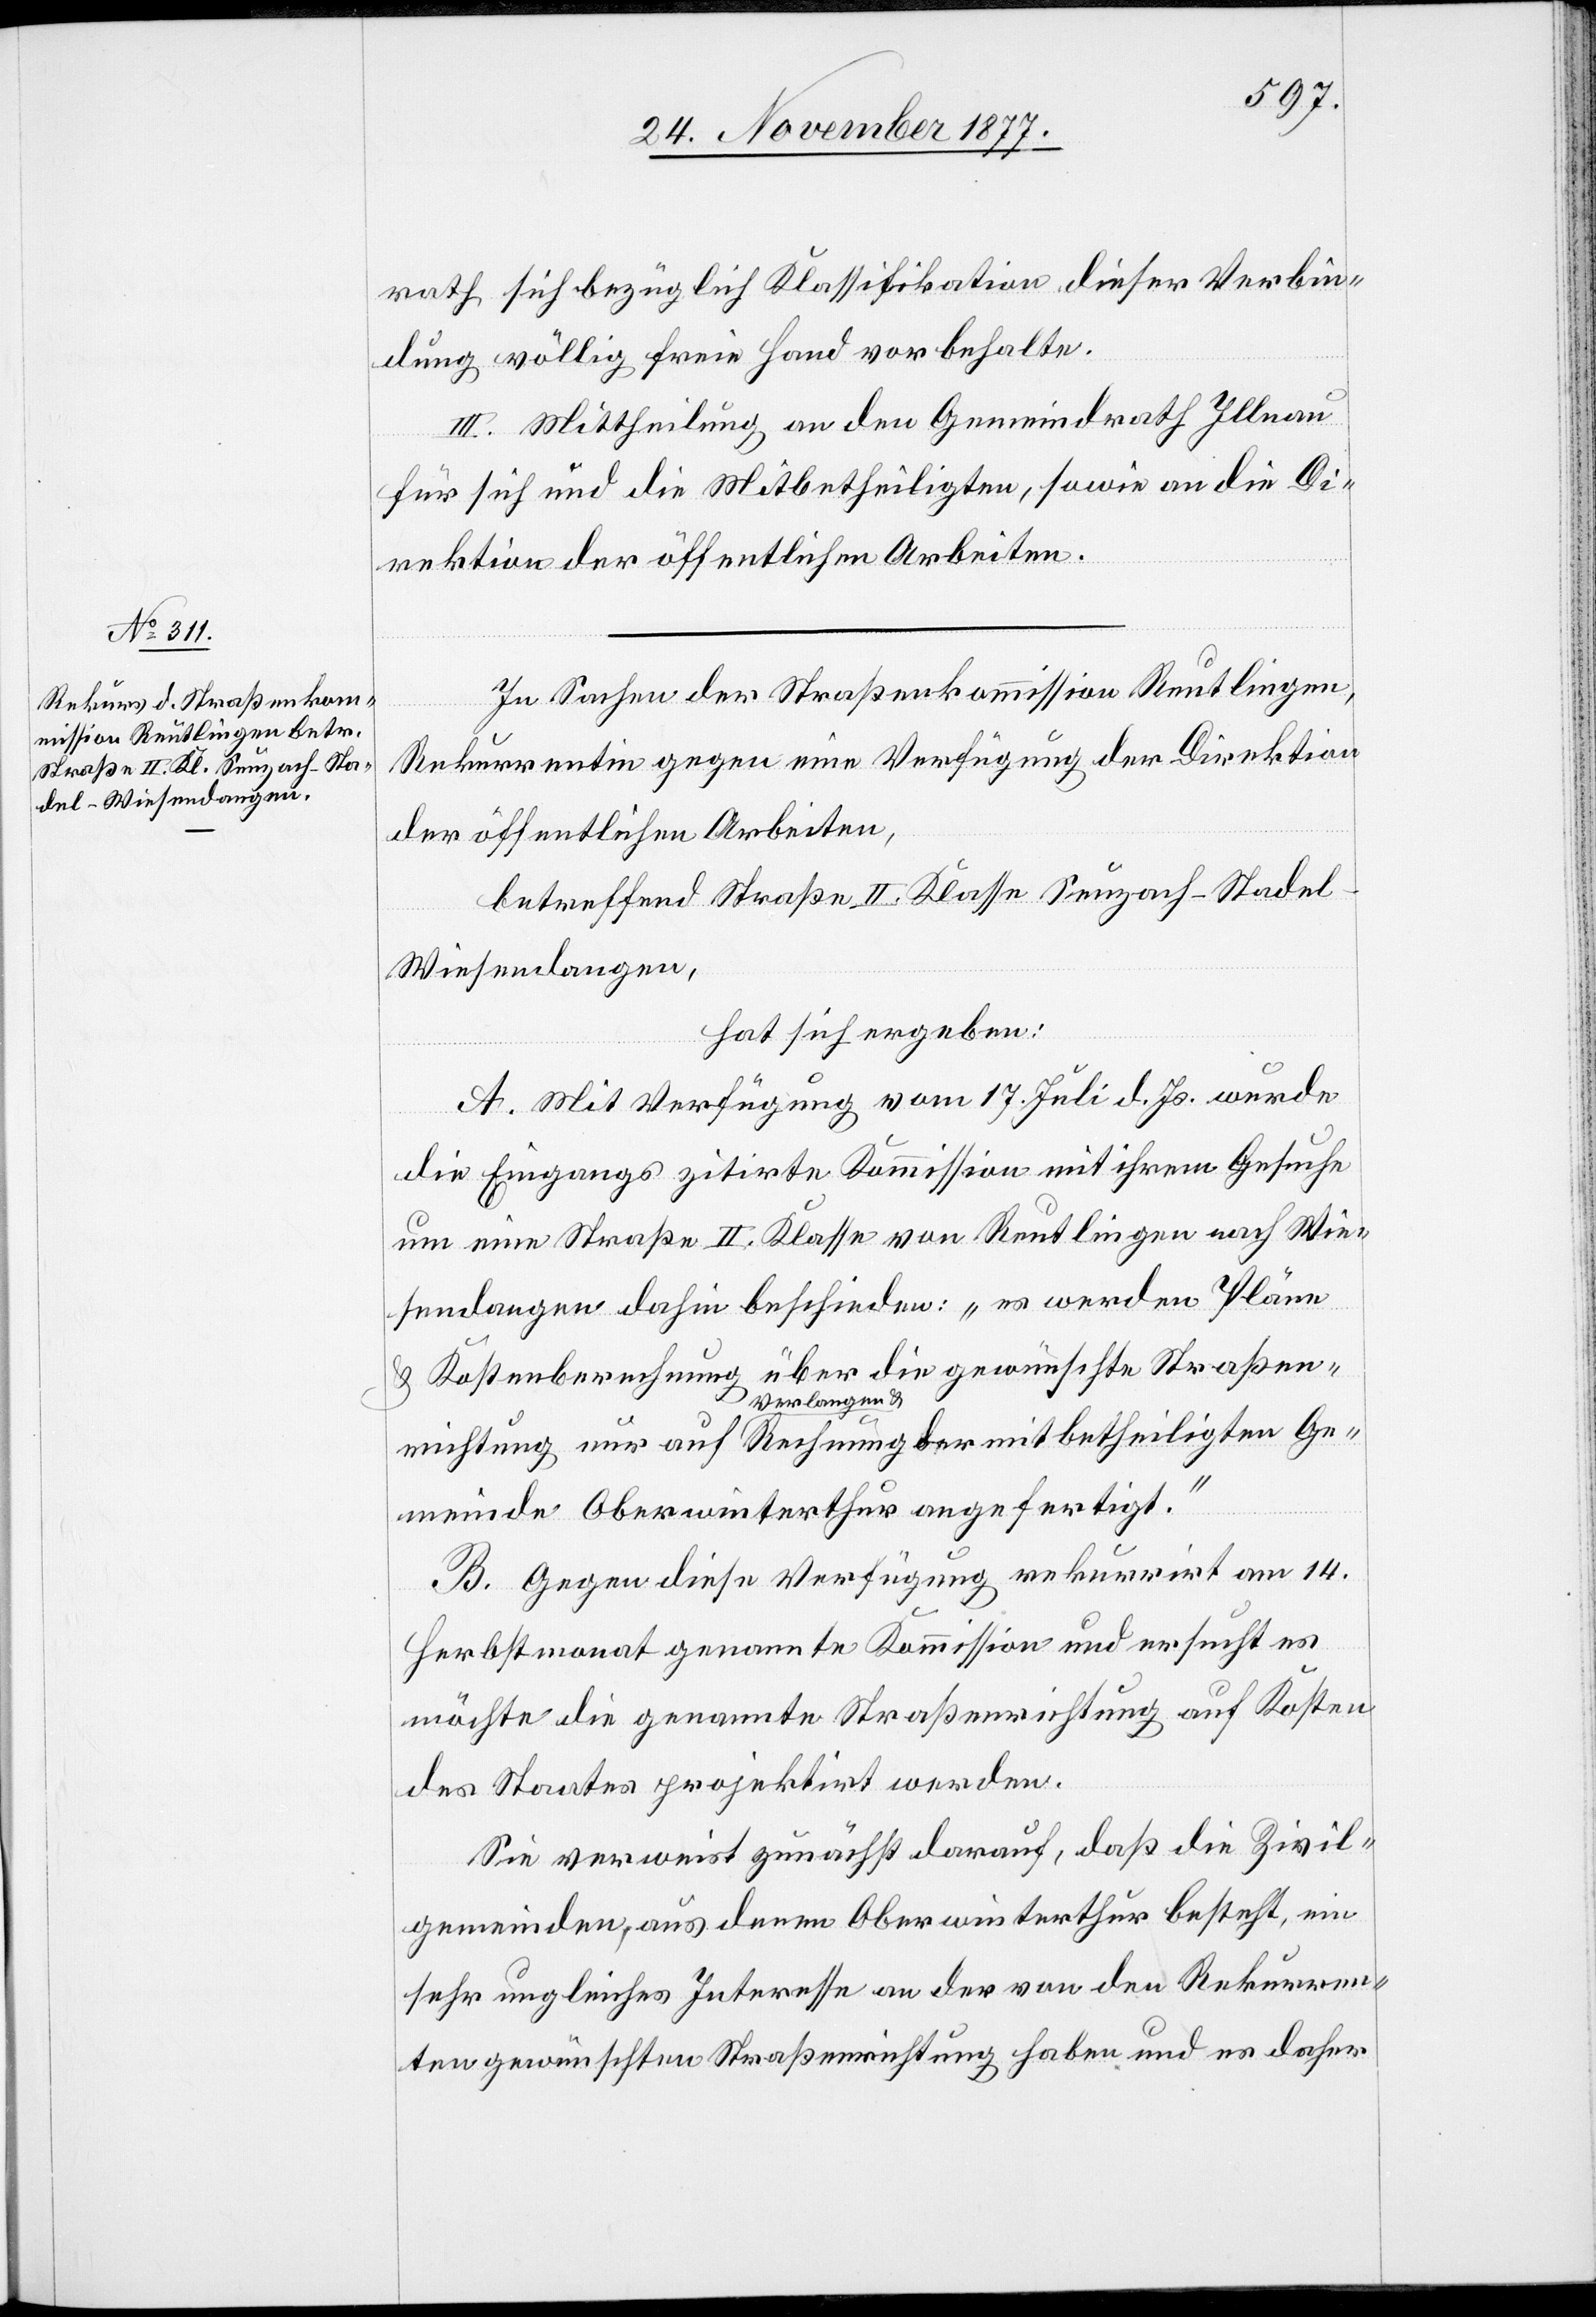
rath sich bezüglich Klassifikation dieser Verbin¬
dung völlig freie Hand vorbehalte.
III. Mittheilung an den Gemeindrath Illnau
für sich und die Mitbetheiligten, sowie an die Di¬
rektion der öffentlichen Arbeiten.
In Sachen der Straßenkommission Reutlingen,
Rekurrentin gegen eine Verfügung der Direktion
der öffentlichen Arbeiten,
betreffend Straße II. Klasse Seuzach–Stade¬
l–Wiesendangen,
hat sich ergeben:
A. Mit Verfügung vom 17. Juli d. Js. wurde
die Eingangs zitirte Kommission mit ihrem Gesuche
um eine Straße II. Klasse von Reutlingen nach Wie¬
sendangen dahin beschieden: „es werden Pläne
& Kostenberechnung über die gewünschte Straßen¬
Verlangen &
ligten Ge¬
meinde Oberwinterthur angefertigt.“
B. Gegen diese Verfügung rekurrirt am 14.
Herbstmonat genannte Kommission und ersucht es
möchte die genannte Straßenrichtung auf Kosten
des Staates projektirt werden.
Sie verweist zunächst darauf, daß die Zivil¬
gemeinden, aus denen Oberwinterthur besteht, ein
sehr ungleiches Interesse an der von den Rekurren¬
ten gewünschten Straßenrichtung haben und es daher